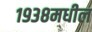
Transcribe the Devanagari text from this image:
१९३८मधील